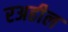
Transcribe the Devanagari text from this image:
रअहील